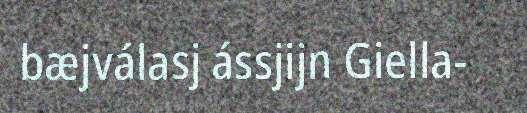
bæjválasj ássjijn Giella-